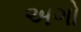
અગો